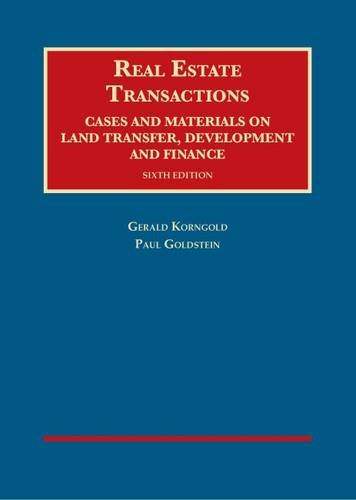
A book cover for Real Estate Transactions, Cases and Materials on Land Transfer, Development and Finance (University Casebook Series); Gerald Korngold; Business & Money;